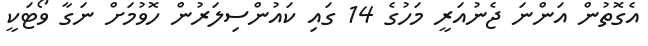
އެގޮތުން އަންނަ ޖެނުއަރީ މަހުގެ 14 ގައި ކައުންސިލަރުން ހޮވުމަށް ނަގާ ވޯޓަކީ